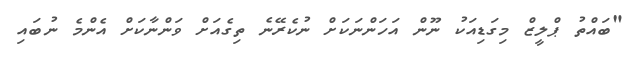
"ބައްތު ޕްލީޒް މިގަޑިއަކު ނޫން އަހަންނަކަށް ނުކެރޭނެ ތިގެއަށް ވަންނާކަށް އެންމެ ނުބައި